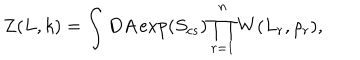
Z ( L , k ) = \int D A \exp ( S _ { c s } ) \prod _ { r = 1 } ^ { n } W ( L _ { r } , \rho _ { r } ) ,